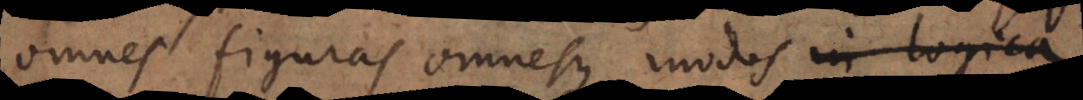
omnes figuras omnesque modos in logica